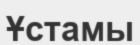
Ұстамы